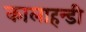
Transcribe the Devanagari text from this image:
कालाहन्डी